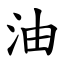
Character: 油